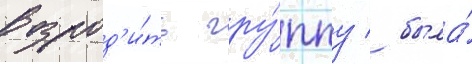
возрод'и́ть гру́ппу / была́